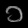
Digit: ၁